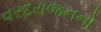
વરદરાજનનો